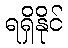
ရရှိနိုင်